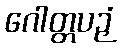
ဂေါတ္တပဉှံ